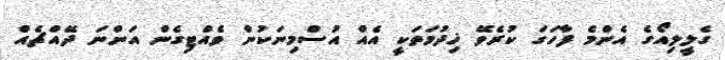
ގެލީލިއޯގެ އެންމެ ފާހަގަ ކުރެވޭ ޚިދުމަތަކީ އެއް އުސްމިނަކުން ވެއްޓިގެން އަންނަ ދޭއްޗެއް